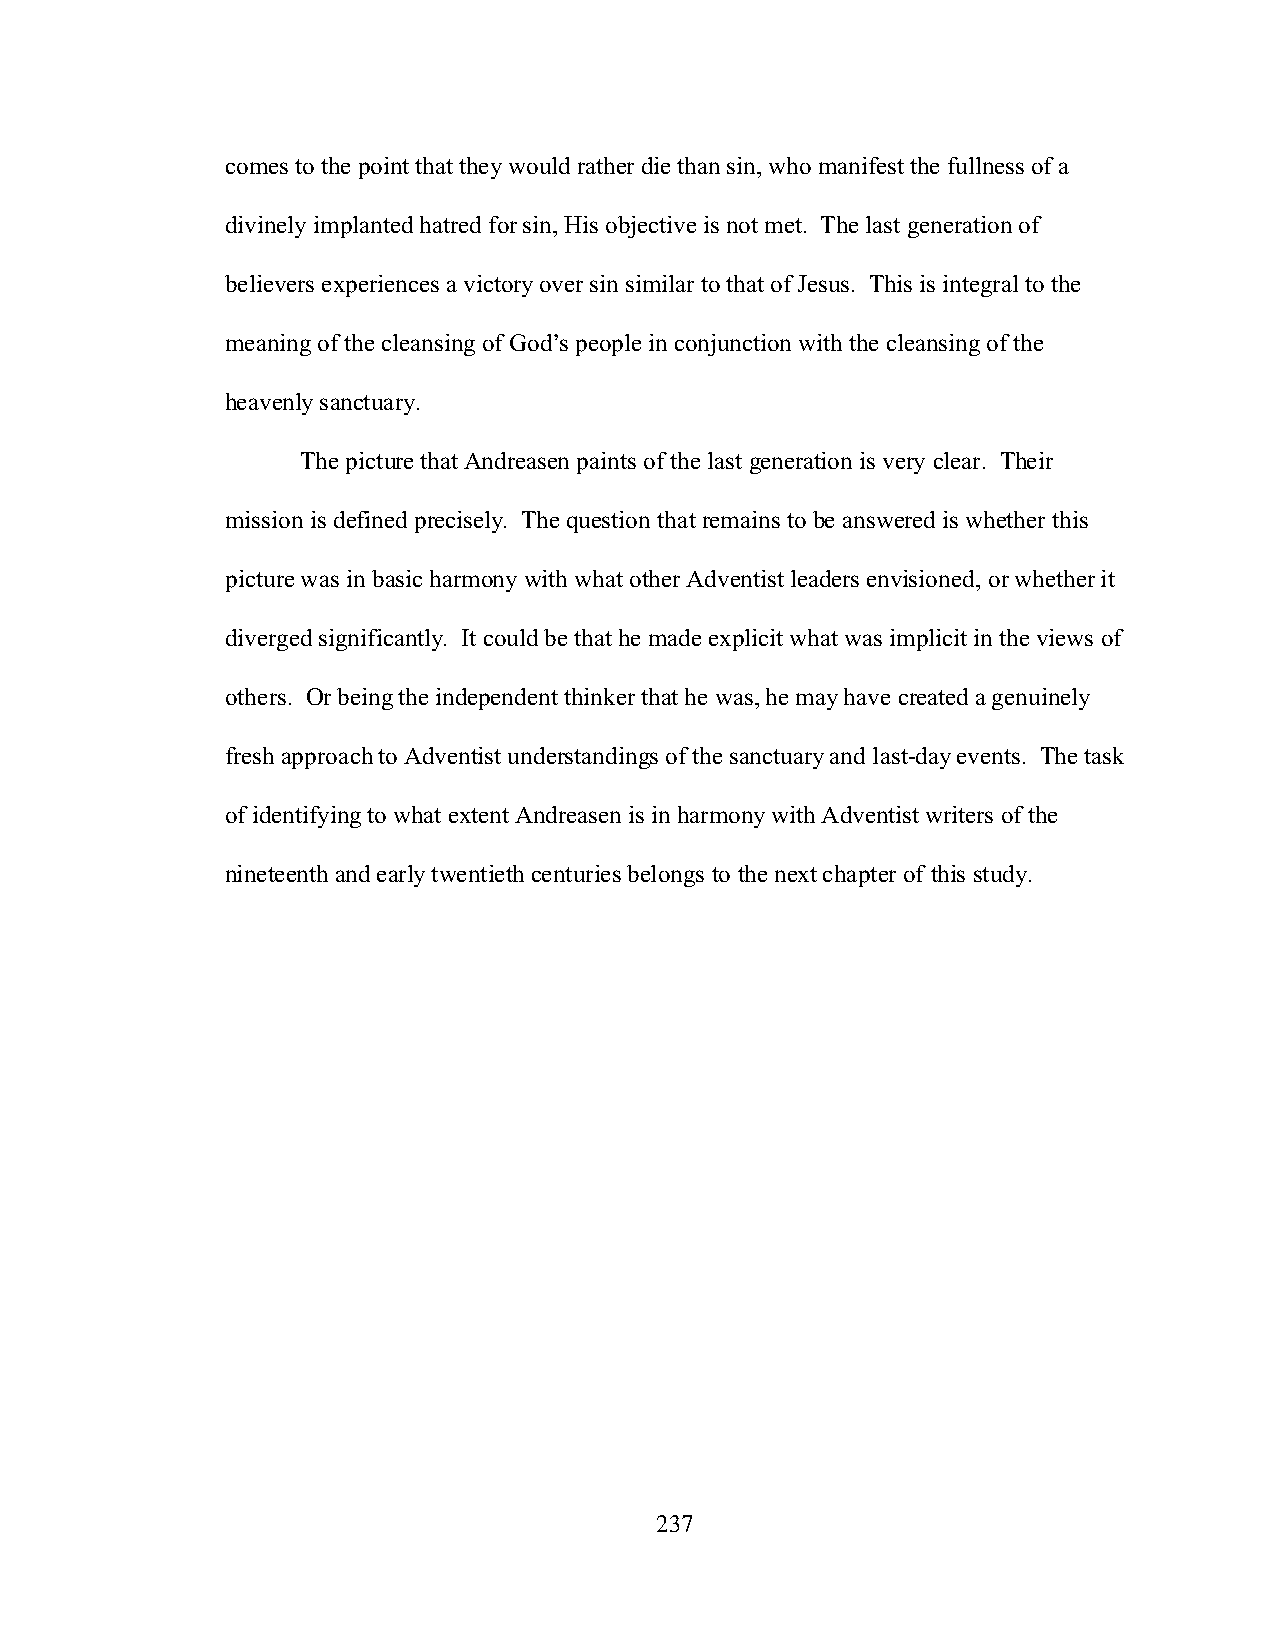
comes to the point that they would rather die than sin, who manifest the fullness of a
 divinely implanted hatred for sin, His objective is not met. The last generation of
 believers experiences a victory over sin similar to that of Jesus. This is integral to the
 meaning of the cleansing of God’s people in conjunction with the cleansing of the
 heavenly sanctuary.
 The picture that Andreasen paints of the last generation is very clear. Their
 mission is defined precisely. The question that remains to be answered is whether this
 picture was in basic harmony with what other Adventist leaders envisioned, or whether it
 diverged significantly. It could be that he made explicit what was implicit in the views of
 others. Or being the independent thinker that he was, he may have created a genuinely
 fresh approach to Adventist understandings of the sanctuary and last-day events. The task
 of identifying to what extent Andreasen is in harmony with Adventist writers of the
 nineteenth and early twentieth centuries belongs to the next chapter of this study.
 237